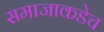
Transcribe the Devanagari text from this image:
समाजाकडेच